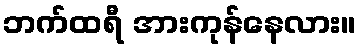
ဘက်ထရီ အားကုန်နေလား။